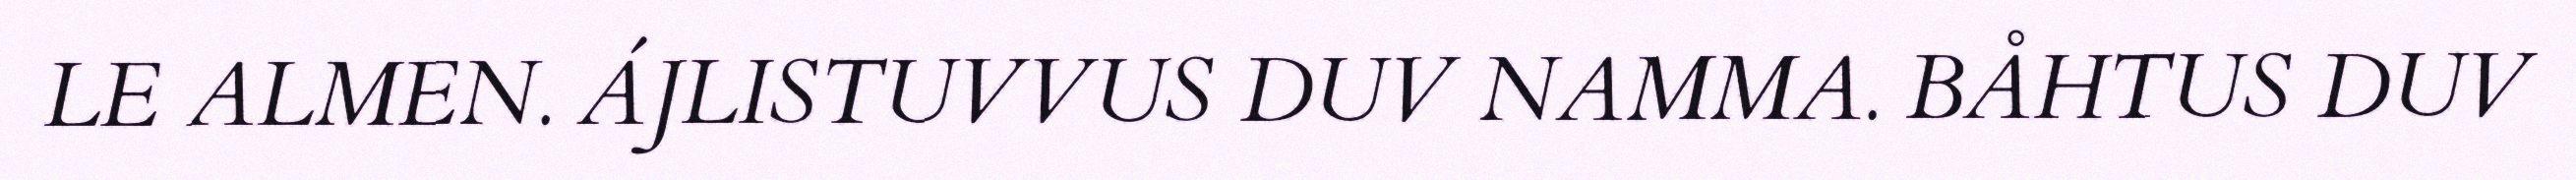
LE ALMEN. ÁJLISTUVVUS DUV NAMMA. BÅHTUS DUV